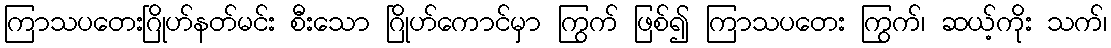
ကြာသပတေးဂြိုဟ်နတ်မင်း စီးသော ဂြိုဟ်ကောင်မှာ ကြွက် ဖြစ်၍ ကြာသပတေး ကြွက်၊ ဆယ့်ကိုး သက်၊